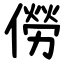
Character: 僗